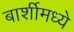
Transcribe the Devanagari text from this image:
बार्शीमध्ये